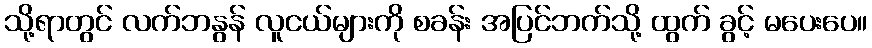
သို့ရာတွင် လက်ဘနွန် လူငယ်များကို စခန်း အပြင်ဘက်သို့ ထွက် ခွင့် မပေးပေ။